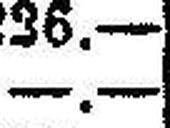
—.—